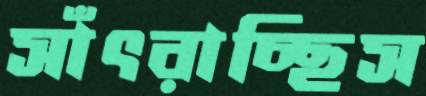
সাঁৎরাচ্ছিস